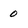
Character: 0